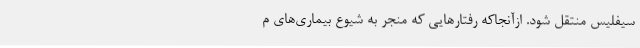
سیفلیس منتقل شود. ازآنجاکه رفتارهایی که منجر به شیوع بیماری‌های م